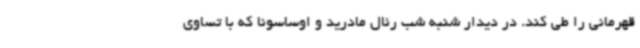
قهرمانی را طی کند. در دیدار شنبه شب رئال مادرید و اوساسونا که با تساوی